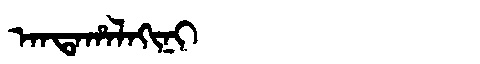
Manchu: ᠠᠨᡨᠠᡥᠠᠯᠠᡴᡳᠨᡳ
Romanization: ANTAHALAKINI